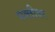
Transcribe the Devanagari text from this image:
भक्तीवर